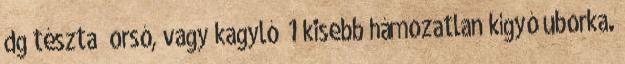
dg tészta orsó, vagy kagyló 1 kisebb hámozatlan kígyó uborka.